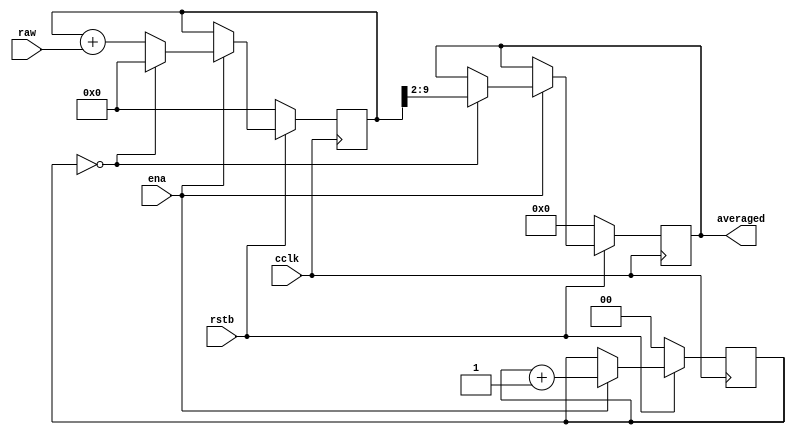
module averager(
	cclk, rstb, ena,
	raw,
	averaged
);

parameter N = 8;
parameter M = 2;

input cclk, rstb, ena;

input  [(N-1):0] raw;
output reg [(N-1):0] averaged;

reg [(N+M-1):0] sum;
reg [M-1:0] counter;

always @(posedge cclk) begin
	if(~rstb) begin
		sum <= 0;
		counter <= 0;
		averaged <= 0;
	end
	else begin
		if(ena) begin
			sum <= sum + raw;
			counter <= counter + 1;
			if(counter == 0) begin
				averaged <= sum >> M;
				sum <= 0;
			end
			
		end
	end
end

endmodule